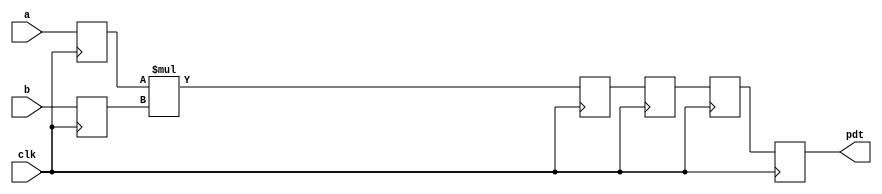
// This program was cloned from: https://github.com/marceluda/rp_lock-in_pid
// License: GNU General Public License v3.0

//Verilog example

module pipe_mult #(parameter R=14, level = 4)
( a, b, clk, pdt);
/*
* parameter 'R' is the width of multiplier/multiplicand;.Application Notes 10-5
* parameter 'level' is the intended number of stages of the
* pipelined multiplier;
* which is typically the smallest integer greater than or equal
* to base 2 logarithm of 'R'
*/
    input [R-1 : 0] a;
    input [R-1 : 0] b;
    input clk;
    output [2*R-1 : 0] pdt;
    reg [R-1 : 0] a_int, b_int;
    reg [2*R-1 : 0] pdt_int [level-1 : 0];
    integer i;

    assign pdt = pdt_int [level-1];

    always @ (posedge clk)
    begin
        // registering input of the multiplier
        a_int <= a;
        b_int <= b;
        // 'level' levels of registers to be inferred at the output
        // of the multiplier
        pdt_int[0] <= a_int * b_int;
        for(i =1;i <level;i =i +1)
            pdt_int [i] <= pdt_int [i-1];
    end // always @ (posedge clk)
    
endmodule // pipelined_multiplier